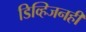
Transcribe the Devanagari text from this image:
डिव्हिजनही